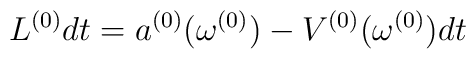
L^{(0)} dt=a^{(0)}(\omega^{(0)})-V^{(0)}(\omega^{(0)}) dt